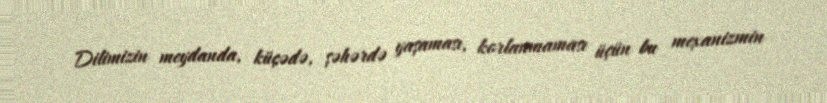
Dilimizin meydanda, küçədə, şəhərdə yaşaması, korlanmaması üçün bu mexanizmin